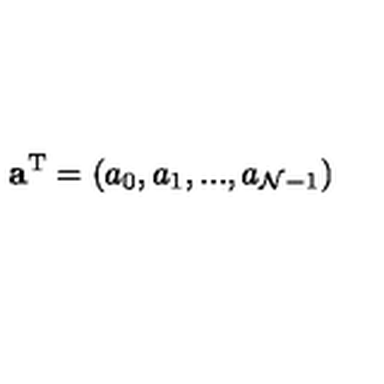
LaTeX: { \bf a } ^ { \mathrm { T } } = ( a _ { 0 } , a _ { 1 } , . . . , a _ { { \cal N } - 1 } )